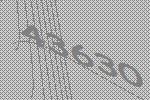
43630